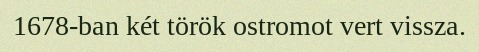
1678-ban két török ostromot vert vissza.